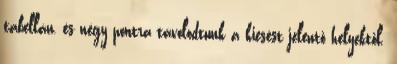
tabellán, és négy pontra távolodtunk a kiesést jelentő helyektől.